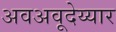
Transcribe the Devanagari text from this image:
अवअवूदेय्यार